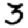
Digit: 3